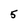
Character: 5